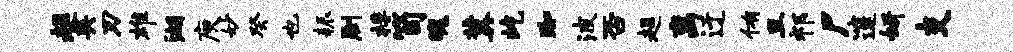
趄英刃雄湖庾妙癸也耨劂桴笥魄冀屹踟波否趄离迂侑旦祁尸邃妍支